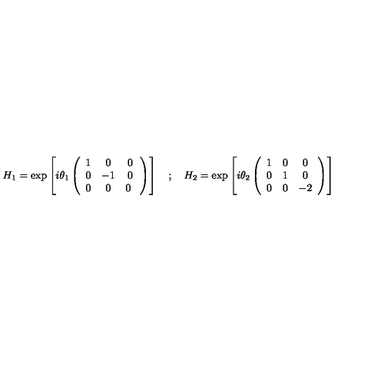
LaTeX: H _ { 1 } = \exp \left[ i \theta _ { 1 } \left( \begin{array} { c c c } { 1 } & { 0 } & { 0 } \\ { 0 } & { - 1 } & { 0 } \\ { 0 } & { 0 } & { 0 \ } \\ \end{array} \right) \right] \quad ; \quad H _ { 2 } = \exp \left[ i \theta _ { 2 } \left( \begin{array} { c c c } { 1 } & { 0 } & { 0 } \\ { 0 } & { 1 } & { 0 } \\ { 0 } & { 0 } & { - 2 } \\ \end{array} \right) \right]